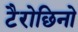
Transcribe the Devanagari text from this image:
टैरोछिनो